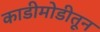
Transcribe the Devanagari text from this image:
काडीमोडीतून